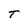
Character: T